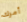
أمرك